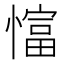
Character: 𢠲